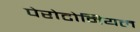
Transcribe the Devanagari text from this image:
पेरोटोनियल